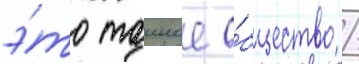
э́то таиное о́бщество /